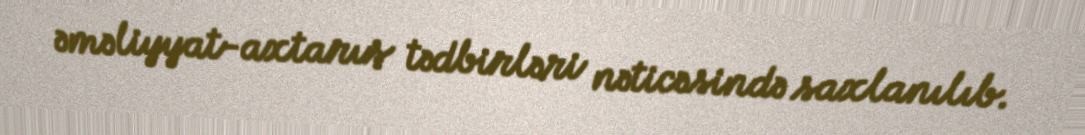
əməliyyat-axtarış tədbirləri nəticəsində saxlanılıb.